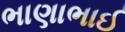
ભાણાભાઈ